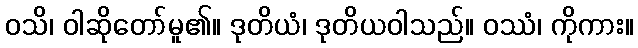
ဝသိ၊ ဝါဆိုတော်မူ၏။ ဒုတိယံ၊ ဒုတိယဝါသည်။ ဝဿံ၊ ကိုကား။